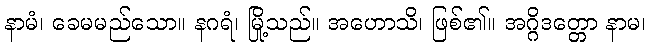
နာမံ၊ ခေမမည်သော။ နဂရံ၊ မြို့သည်။ အဟောသိ၊ ဖြစ်၏။ အဂ္ဂိဒတ္တော နာမ၊